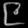
Digit: ၉